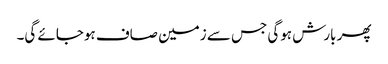
پھر بارش ہوگی جس سے زمین صاف ہوجائے گی۔